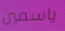
ياسمين